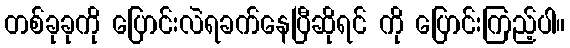
တစ်ခုခုကို ပြောင်းလဲရခက်နေပြီဆိုရင် ကို ပြောင်းကြည့်ပါ။